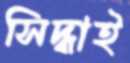
সিদ্ধাই